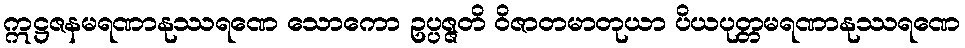
ဣဋ္ဌဇနမရဏာနုဿရဏေ သောကော ဥပ္ပဇ္ဇတိ ဝိဇာတမာတုယာ ပိယပုတ္တမရဏာနုဿရဏေ